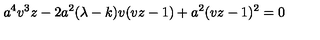
a ^ { 4 } v ^ { 3 } z - 2 a ^ { 2 } ( \lambda - k ) v ( v z - 1 ) + a ^ { 2 } ( v z - 1 ) ^ { 2 } = 0